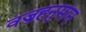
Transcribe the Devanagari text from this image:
वज्रहनुमान